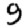
Digit: 9